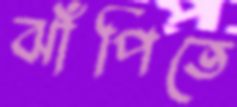
ঝাঁপিতে